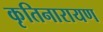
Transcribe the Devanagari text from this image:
कृतिनारायण